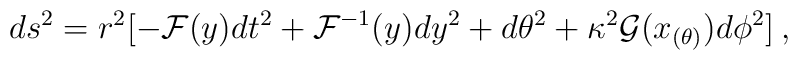
d s^2 = r^2 [-{\cal F}(y)dt^2+ {\cal F}^{-1}(y)dy^2+d\theta^2 + \kappa^2{\cal{G}}(x_{(\theta)})d\phi^2]\:,